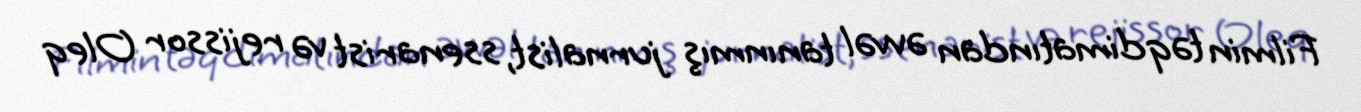
Filmin təqdimatından əvvəl tanınmış jurnalist, ssenarist və rejissor Oleq